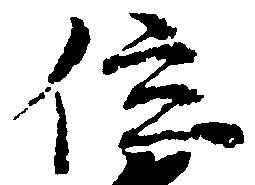
位